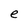
Character: e